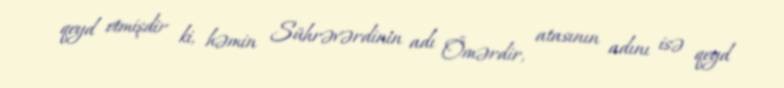
qeyd etmişdir ki, həmin Sührəvərdinin adı Ömərdir, atasının adını isə qeyd